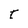
Character: t